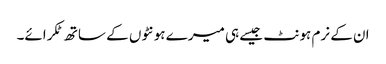
ان کے نرم ہونٹ جیسے ہی میرے ہونٹوں کے ساتھ ٹکرائے۔